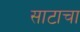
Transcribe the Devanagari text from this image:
साटाचा